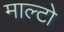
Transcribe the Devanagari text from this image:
माल्टो